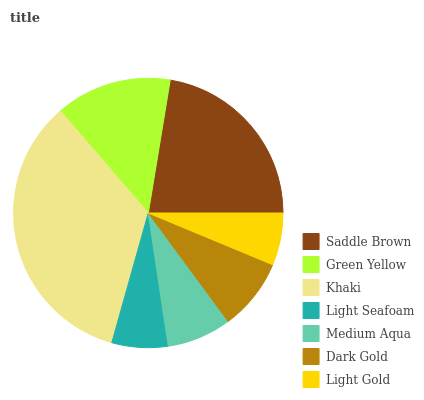
| Saddle Brown | Green Yellow | Khaki | Light Seafoam | Medium Aqua | Dark Gold | Light Gold |
 | --- | --- | --- | --- | --- | --- | --- |
 | 22.4% | 13.9% | 34.3% | 6.73% | 7.73% | 8.62% | 6.26% |